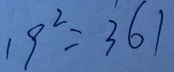
1 9 ^ { 2 } = 3 6 1